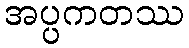
အပ္ပကတဿ